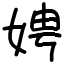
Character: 娉